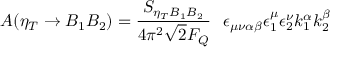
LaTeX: A ( \eta _ { T } \rightarrow B _ { 1 } B _ { 2 } ) = \frac { S _ { \eta _ { T } B _ { 1 } B _ { 2 } } } { 4 \pi ^ { 2 } \sqrt { 2 } F _ { Q } } \ \ \epsilon _ { \mu \nu \alpha \beta } \epsilon _ { 1 } ^ { \mu } \epsilon _ { 2 } ^ { \nu } k _ { 1 } ^ { \alpha } k _ { 2 } ^ { \beta }